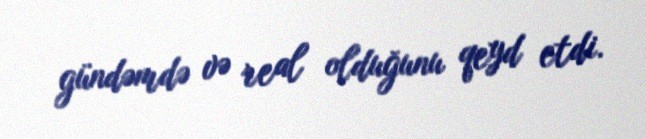
gündəmdə və real olduğunu qeyd etdi.